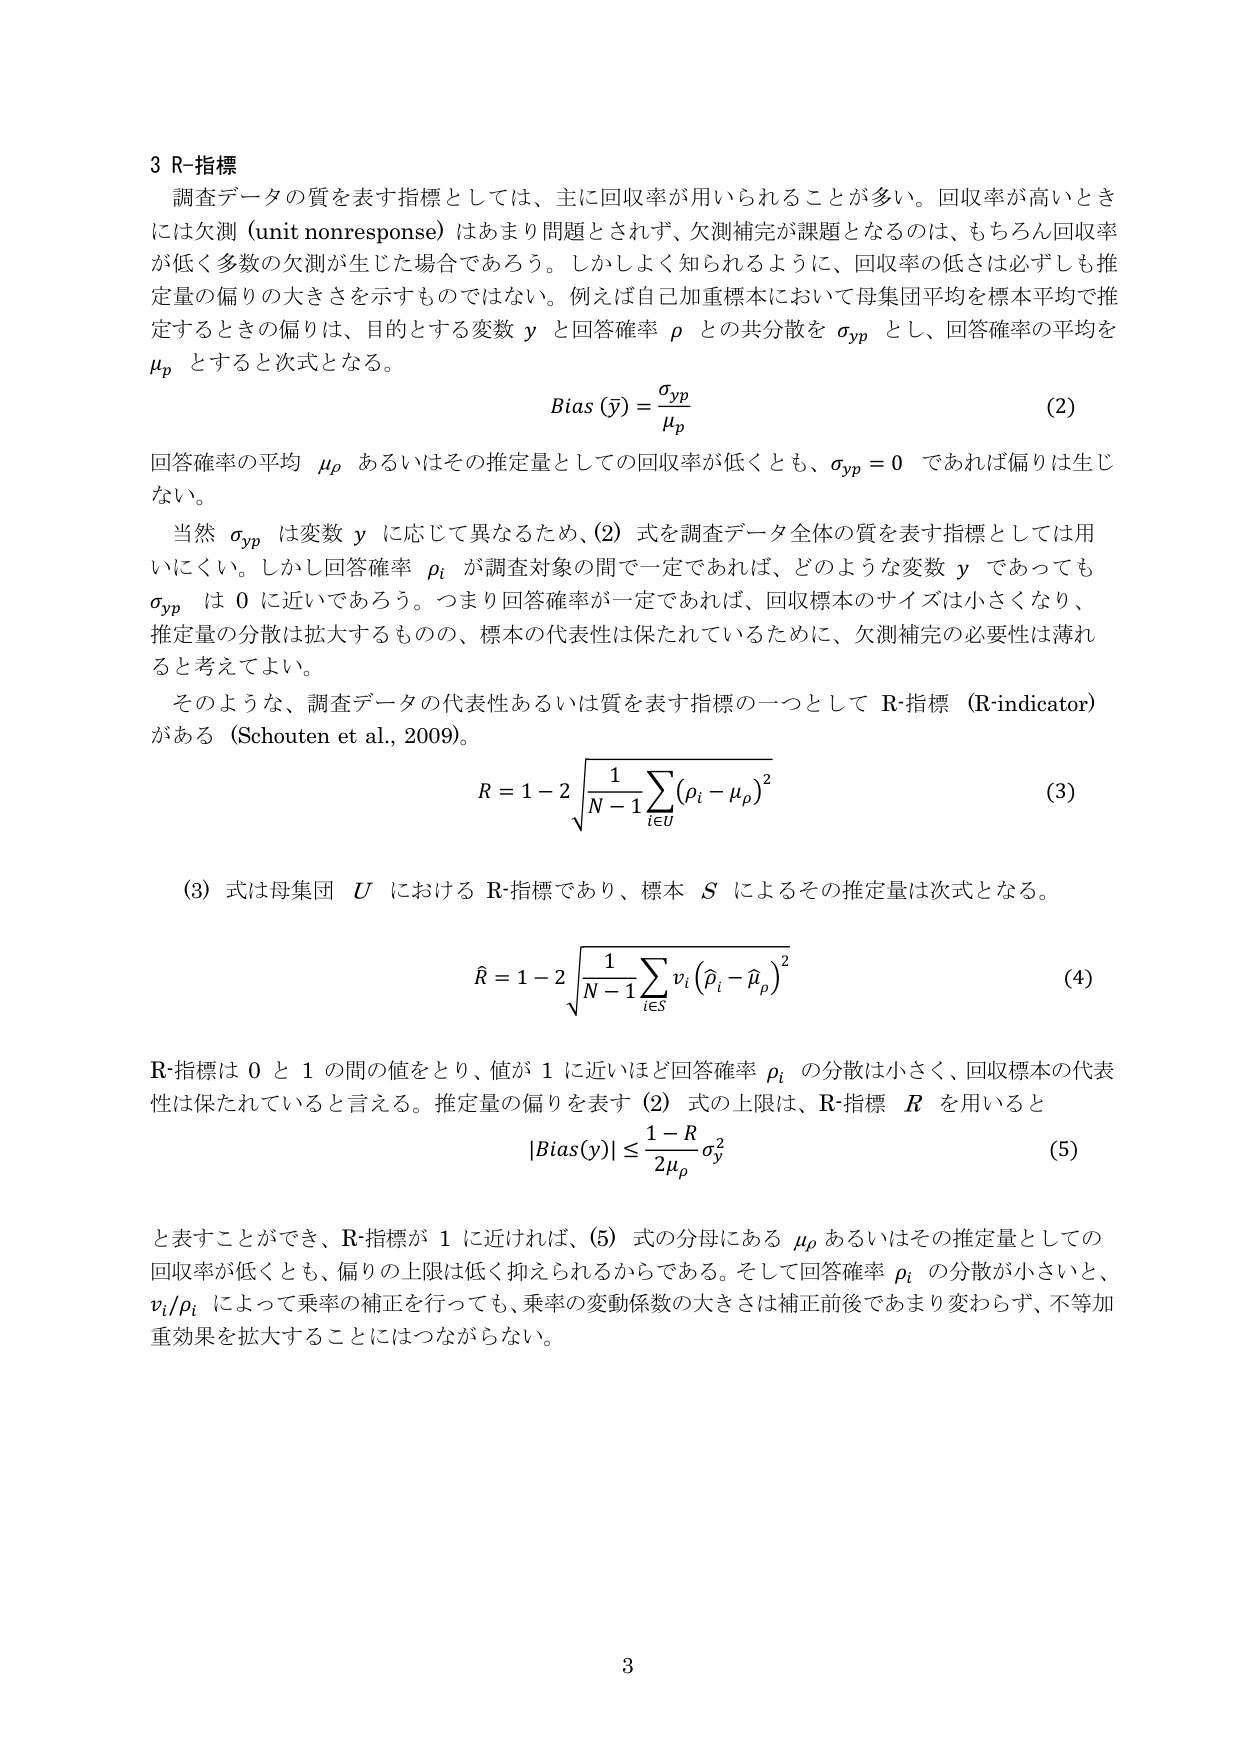
3 R-指標
調査データの質を表す指標としては、主に回収率が用いられることが多い。回収率が高いときには欠測（unit nonresponse）はあまり問題とされず、欠測補完が課題となるのは、もちろん回収率が低く多数の欠測が生じた場合であろう。しかしそよく知られるように、回収率の低さは必ずしも推定量の偏りの大きさを示すものではない。例えば自己加重標本において母集団平均を標本平均で推定するときの偏りは、目的とする変数 y と回答確率 ρ との共分散を σ_yp とし、回答確率の平均を μ_p とすると次式となる。

Bias(ȳ) = σ_yp / μ_p  (2)

回答確率の平均 μ_p あるいはその推定量としての回収率が低くとも、σ_yp = 0 であれば偏りは生じない。

当然 σ_yp は変数 y に応じて異なるため、(2) 式を調査データ全体の質を表す指標としては用いにくい。しかし回答確率 ρ_i が調査対象の間で一定であれば、どのような変数 y であっても σ_yp は 0 に近いであろう。つまり回答確率が一定であれば、回収標本のサイズは小さくなり、推定量の分散は拡大するものの、標本の代表性は保たれているために、欠測補完の必要性は薄れると考えてよい。

そのような、調査データの代表性あるいは質を表す指標の一つとして R-指標（R-indicator）がある（Schouten et al., 2009）。

R = 1 - 2√[1/(N-1) Σ_{i∈U} (ρ_i - μ_p)²]  (3)

(3) 式は母集団 U における R-指標であり、標本 S によるその推定量は次式となる。

R̂ = 1 - 2√[1/(N-1) Σ_{i∈S} v_i (ρ̂_i - μ̂_p)²]  (4)

R-指標は 0 と 1 の間の値をとり、値が 1 に近いほど回答確率 ρ_i の分散は小さく、回収標本の代表性は保たれていると言える。推定量の偏りを表す (2) 式の上限は、R-指標 R を用いると

|Bias(ȳ)| ≤ (1 - R)/(2μ_p) σ_y²  (5)

と表すことができ、R-指標が 1 に近ければ、(5) 式の分母にある μ_p あるいはその推定量としての回収率が低くとも、偏りの上限は低く抑えられるからである。そして回答確率 ρ_i の分散が小さいと、v_i/ρ_i によって乗率の補正を行っても、乗率の変動係数の大きさは補正前後であまり変わらず、不等加重効果を拡大することにはつながらない。

3